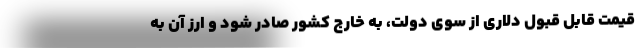
قیمت قابل قبول دلاری از سوی دولت، به خارج کشور صادر شود و ارز آن به